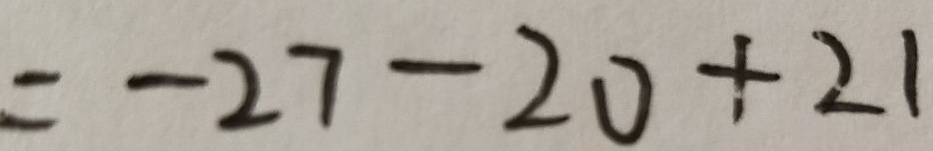
= - 2 7 - 2 0 + 2 1